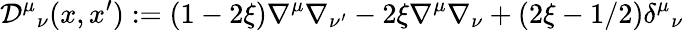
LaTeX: {\cal D}^{\mu}{}_{\nu}(x,x^{\prime}):=(1-2\xi)\nabla^{\mu}\nabla_{\nu^{\prime}}-2\xi\nabla^{\mu}\nabla_{\nu}+(2\xi-1/2)\delta^{\mu}{}_{\nu}